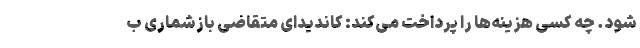
شود. چه کسی هزینه‌ها را پرداخت می‌کند: کاندیدای متقاضی بازشماری ب